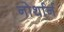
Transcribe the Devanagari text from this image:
नोर्थार्न